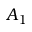
A _ { 1 }